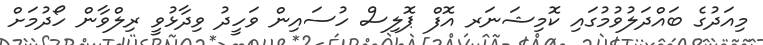
މިއަދުގެ ބައްދަލުވުމުގައި ކޮމިޝަނަރ އޮފް ޕޮލިސް ހުސައިން ވަހީދު ވިދާޅުވީ ރިލްވާން ހޯދުމަށް